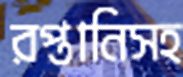
রপ্তানিসহ